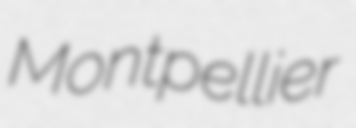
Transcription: Montpellier